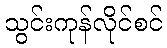
သွင်းကုန်လိုင်စင်